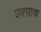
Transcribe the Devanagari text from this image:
घक्साक